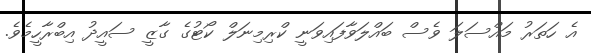
އެ ހަތަރު މައްސަލަ ވެސް ބައްލަވާފައިވަނީ ކްރިމިނަލް ކޯޓުގެ ގާޒީ ސައީދު އިބްރާހީމެވެ.